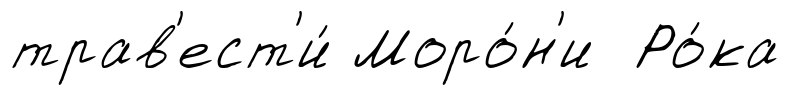
трав'ест'и́ Моро́н'и Ро́ка